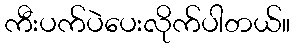
ကီးပက်ပဲပေးလိုက်ပါတယ်။